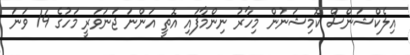
އިލެކްޝަންސް ކޮމިޝަނުން މިހާރު ނިންމާފައި އޮތީ އަންނަ ޖަނަވަރީ މަހުގެ 14 ވަނަ